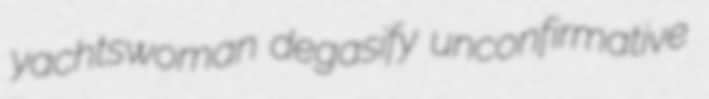
yachtswoman degasify unconfirmative